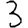
Digit: 3